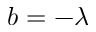
b = - \lambda